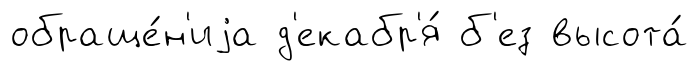
обраще́н'иjа д'екабр'я́ б'ез высота́